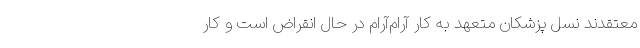
معتقدند نسل پزشکان متعهد به کار آرام‌آرام در حال انقراض است و کار